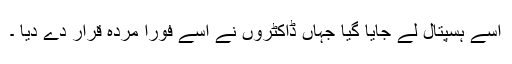
اسے ہسپتال لے جایا گیا جہاں ڈاکٹروں نے اسے فوراً مردہ قرار دے دیا ۔